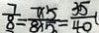
\frac { 7 } { 8 } = \frac { 7 \times 5 } { 8 \times 5 } = \frac { 3 5 } { 4 0 }